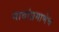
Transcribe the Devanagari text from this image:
नावांप्रमाणेच